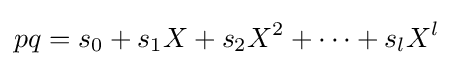
pq=s_{0}+s_{1}X+s_{2}X^{2}+\cdots +s_{l}X^{l}